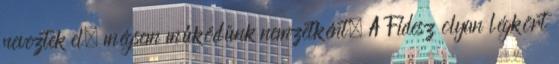
neveztek el, mégsem működünk nemzetként. A Fidesz olyan légkört